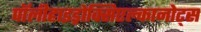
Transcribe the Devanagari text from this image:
पॉलीहाइड्रोक्सिएल्कानोट्स